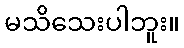
မသိသေးပါဘူး။